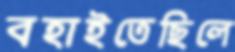
বহাইতেছিলে